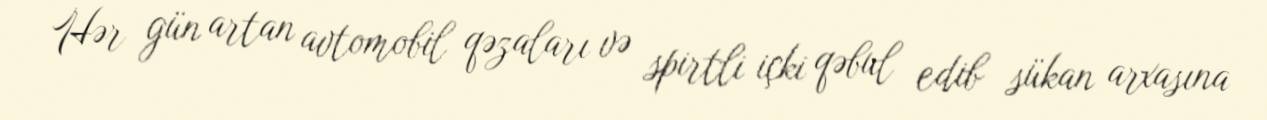
Hər gün artan avtomobil qəzaları və spirtli içki qəbul edib sükan arxasına